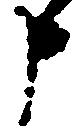
申